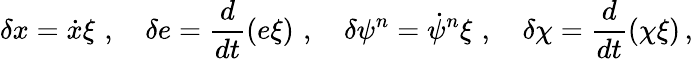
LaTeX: \delta x=\dot{x}\xi\, \, ,\, \, \, \, \, \, \delta e=\frac{d}{dt}(e\xi)\, \, ,\, \, \, \, \, \, \delta\psi^{n}=\dot{\psi}^{n}\xi\, \, ,\, \, \, \, \, \, \delta\chi=\frac{d}{dt}(\chi\xi)\, ,